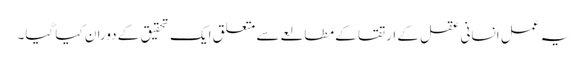
یہ عمل انسانی عقل کے ارتقا کے مطالعے سے متعلق ایک تحقیق کے دوران کیا گیا۔